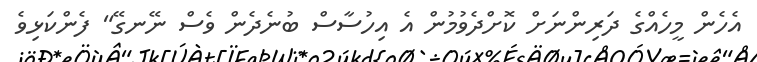
އެހެން މީހެއްގެ ދަރިންނަށް ކޮށްދެވުމުން އެ އިހުސާސް ބުނެދެން ވެސް ނޭނގޭ" ފެންކަޅިވެ